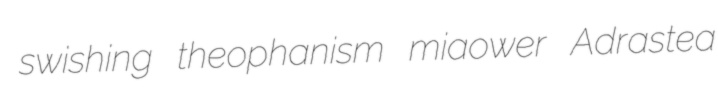
swishing theophanism miaower Adrastea